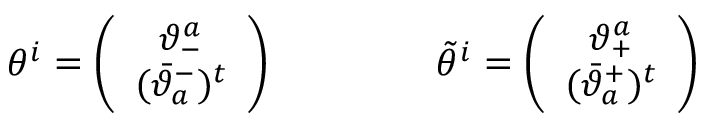
\begin{array} { c c } { { \theta ^ { i } = \left( \begin{array} { c } { { \vartheta _ { - } ^ { a } } } \\ { { ( \bar { \vartheta } _ { a } ^ { - } ) ^ { t } } } \end{array} \right) ~ ~ ~ ~ ~ } } & { { ~ ~ ~ ~ ~ \tilde { \theta } ^ { i } = \left( \begin{array} { c } { { \vartheta _ { + } ^ { a } } } \\ { { ( \bar { \vartheta } _ { a } ^ { + } ) ^ { t } } } \end{array} \right) } } \end{array}